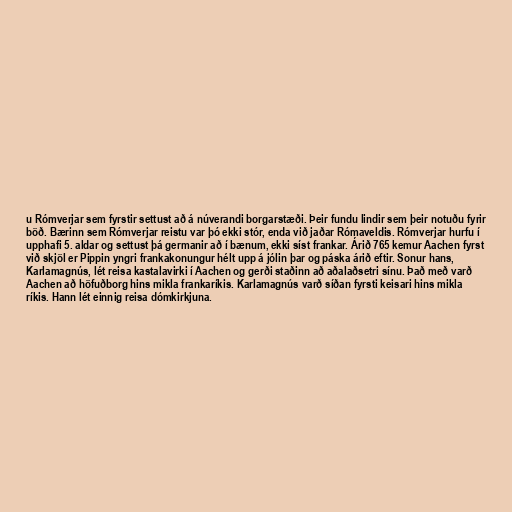
u Rómverjar sem fyrstir settust að á núverandi borgarstæði. Þeir fundu lindir sem þeir notuðu fyrir
böð. Bærinn sem Rómverjar reistu var þó ekki stór, enda við jaðar Rómaveldis. Rómverjar hurfu í
upphafi 5. aldar og settust þá germanir að í bænum, ekki síst frankar. Árið 765 kemur Aachen fyrst
við skjöl er Pippin yngri frankakonungur hélt upp á jólin þar og páska árið eftir. Sonur hans,
Karlamagnús, lét reisa kastalavirki í Aachen og gerði staðinn að aðalaðsetri sínu. Það með varð
Aachen að höfuðborg hins mikla frankaríkis. Karlamagnús varð síðan fyrsti keisari hins mikla
ríkis. Hann lét einnig reisa dómkirkjuna.